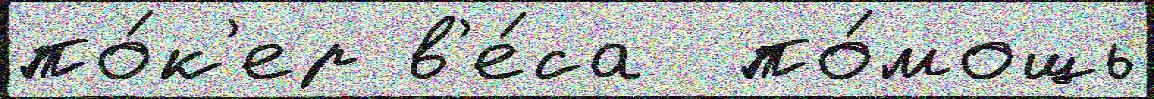
по́к'ер в'е́са  по́мощь